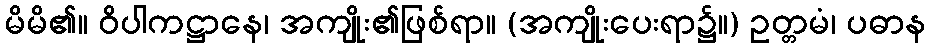
မိမိ၏။ ဝိပါကဋ္ဌာနေ၊ အကျိုး၏ဖြစ်ရာ။ (အကျိုးပေးရာ၌။) ဥတ္တမံ၊ ပဓာန